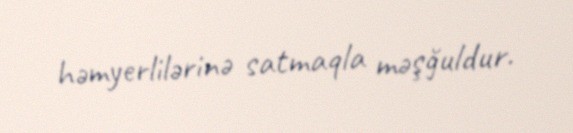
həmyerlilərinə satmaqla məşğuldur.